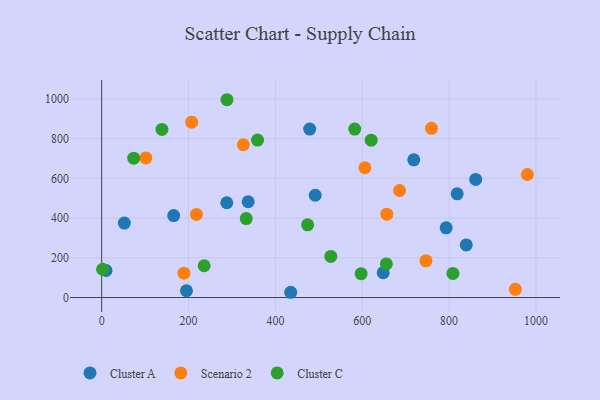
{"axis": {"x": "Ad Spend", "y": "Yield"}, "legend": ["Cluster A", "Cluster C", "Scenario 2"], "data": [{"x": "491.7", "y": 514.7, "type": "Cluster A"}, {"x": "52.2", "y": 374.7, "type": "Cluster A"}, {"x": "793.2", "y": 350.8, "type": "Cluster A"}, {"x": "479.0", "y": 848.0, "type": "Cluster A"}, {"x": "195.3", "y": 34.1, "type": "Cluster A"}, {"x": "839.5", "y": 264.7, "type": "Cluster A"}, {"x": "337.3", "y": 482.1, "type": "Cluster A"}, {"x": "165.8", "y": 412.6, "type": "Cluster A"}, {"x": "288.1", "y": 477.0, "type": "Cluster A"}, {"x": "648.2", "y": 124.8, "type": "Cluster A"}, {"x": "718.6", "y": 693.2, "type": "Cluster A"}, {"x": "435.3", "y": 26.4, "type": "Cluster A"}, {"x": "10.1", "y": 136.1, "type": "Cluster A"}, {"x": "861.2", "y": 594.4, "type": "Cluster A"}, {"x": "818.6", "y": 521.9, "type": "Cluster A"}, {"x": "980.2", "y": 619.3, "type": "Scenario 2"}, {"x": "746.7", "y": 184.6, "type": "Scenario 2"}, {"x": "759.4", "y": 851.4, "type": "Scenario 2"}, {"x": "952.5", "y": 41.5, "type": "Scenario 2"}, {"x": "326.1", "y": 768.9, "type": "Scenario 2"}, {"x": "656.6", "y": 419.7, "type": "Scenario 2"}, {"x": "218.3", "y": 418.1, "type": "Scenario 2"}, {"x": "685.9", "y": 538.7, "type": "Scenario 2"}, {"x": "606.1", "y": 653.3, "type": "Scenario 2"}, {"x": "207.3", "y": 882.4, "type": "Scenario 2"}, {"x": "189.4", "y": 122.6, "type": "Scenario 2"}, {"x": "101.7", "y": 702.9, "type": "Scenario 2"}, {"x": "808.8", "y": 121.2, "type": "Cluster C"}, {"x": "474.2", "y": 366.0, "type": "Cluster C"}, {"x": "138.8", "y": 846.1, "type": "Cluster C"}, {"x": "620.6", "y": 792.0, "type": "Cluster C"}, {"x": "235.9", "y": 159.9, "type": "Cluster C"}, {"x": "288.5", "y": 995.6, "type": "Cluster C"}, {"x": "597.4", "y": 120.2, "type": "Cluster C"}, {"x": "332.9", "y": 397.2, "type": "Cluster C"}, {"x": "582.6", "y": 848.0, "type": "Cluster C"}, {"x": "2.2", "y": 142.4, "type": "Cluster C"}, {"x": "527.6", "y": 206.7, "type": "Cluster C"}, {"x": "73.8", "y": 701.2, "type": "Cluster C"}, {"x": "655.5", "y": 169.1, "type": "Cluster C"}, {"x": "358.8", "y": 792.3, "type": "Cluster C"}]}